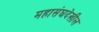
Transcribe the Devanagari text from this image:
महासंघदेखील